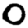
Digit: 0